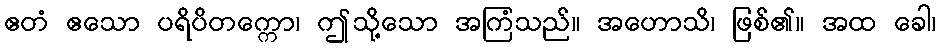
ဧတံ ဧသော ပရိပိတက္ကော၊ ဤသို့သော အကြံသည်။ အဟောသိ၊ ဖြစ်၏။ အထ ခေါ၊